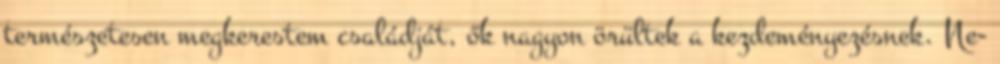
természetesen megkerestem családját, ők nagyon örültek a kezdeményezésnek. Ne-